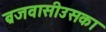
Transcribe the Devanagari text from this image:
ब्रजवासीउसका